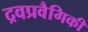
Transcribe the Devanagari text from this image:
द्रवप्रवैगिकी